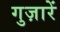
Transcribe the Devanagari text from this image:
गुज़ारें